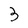
Character: 3